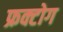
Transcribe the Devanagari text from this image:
फ्रक्टोग